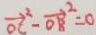
\overrightarrow { O C } ^ { 2 } - \overrightarrow { O B } ^ { 2 } = 0